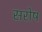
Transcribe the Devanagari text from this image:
सरोष